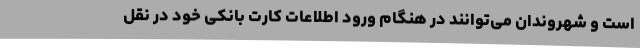
است و شهروندان می‌توانند در هنگام ورود اطلاعات کارت بانکی خود در نقل